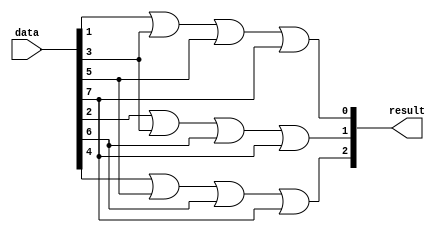

module log2(
	input [7:0] data,
	output [2:0] result
);

	assign result[0] = data[1] | data[3] | data[5] | data[7];
	assign result[1] = data[2] | data[3] | data[6] | data[7];
	assign result[2] = data[4] | data[5] | data[6] | data[7];

endmodule